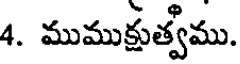
4. ముముక్షుత్వము.